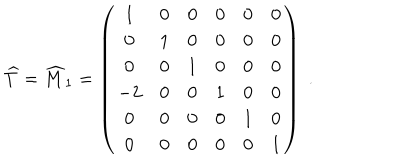
LaTeX: { \widehat T } = { \widehat M } _ { 1 } = \left( \begin{array} { c c c c c c } { { 1 } } & { { 0 } } & { { 0 } } & { { 0 } } & { { 0 } } & { { 0 } } \\ { { 0 } } & { { 1 } } & { { 0 } } & { { 0 } } & { { 0 } } & { { 0 } } \\ { { 0 } } & { { 0 } } & { { 1 } } & { { 0 } } & { { 0 } } & { { 0 } } \\ { { - 2 } } & { { 0 } } & { { 0 } } & { { 1 } } & { { 0 } } & { { 0 } } \\ { { 0 } } & { { 0 } } & { { 0 } } & { { 0 } } & { { 1 } } & { { 0 } } \\ { { 0 } } & { { 0 } } & { { 0 } } & { { 0 } } & { { 0 } } & { { 1 } } \\ \end{array} \right) \; .